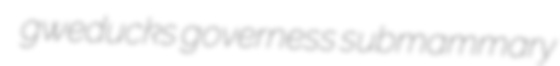
gweducks governess submammary